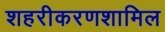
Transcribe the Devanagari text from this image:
शहरीकरणशामिल